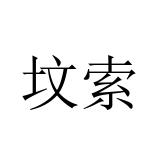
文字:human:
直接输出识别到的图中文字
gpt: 坟索